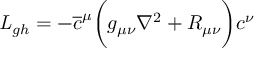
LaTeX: { \it L } _ { g h } = - \overline { { c } } ^ { \mu } \biggl ( g _ { \mu \nu } \nabla ^ { 2 } + R _ { \mu \nu } \biggr ) c ^ { \nu }